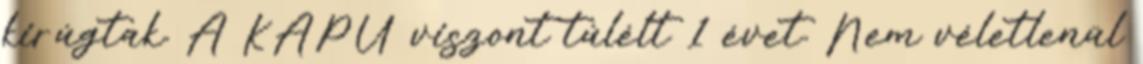
kirúgtak. A KAPU viszont túlélt 1 évet. Nem véletlenül